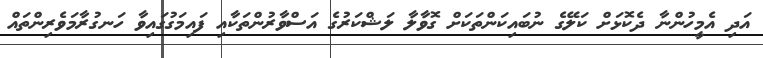
އަދި އެމީހުންނާ ދެކޮޅަށް ކަލޭގެ ނުބައިކަންތަކަށް ގޮވާލާ ލަޝްކަރުގެ އަސްވާރުންތަކާއި ފައިމަގުގައިވާ ހަނގުރާމަވެރިންތައް